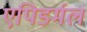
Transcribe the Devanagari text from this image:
एपिडर्मल